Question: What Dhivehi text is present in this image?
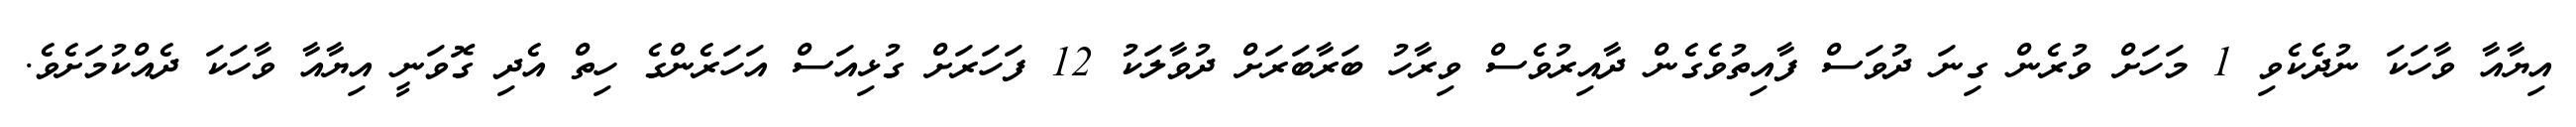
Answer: އިޔާއާ ވާހަކަ ނުދެކެވި 1 މަހަށް ވުރެން ގިނަ ދުވަސް ފާއިތުވެގެން ދާއިރުވެސް ވިރާހު ބަރާބަރަށް ދުވާލަކު 12 ފަހަރަށް ގުޅިއަސް އަހަރެންގެ ހިތް އެދި ގޮވަނީ އިޔާއާ ވާހަކަ ދެއްކުމަށެވެ.